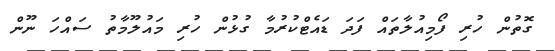
ގޮތުން ހުރި ފޯމިއުލާތައް ފަދަ ޑައެޓްކުރުމާ ގުޅުން ހުރި މައުލޫމާތު ސައްހަ ނޫން